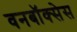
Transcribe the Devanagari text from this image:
वनबॉक्सेस